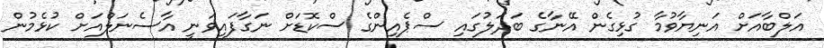
އަލްބާއަށް އަނިޔާވުމާ ގުޅިގެން އޭނާގެ ބަދަލުގައި ސްޕެއިންގެ ސްކޮޑަށް ނަގާފައިވަނީ އާސެނަލްއަށް ކުޅެމުން